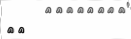
١٦